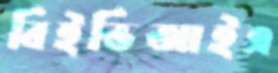
বিইভিআইএ